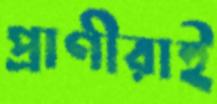
প্রাণীরাই